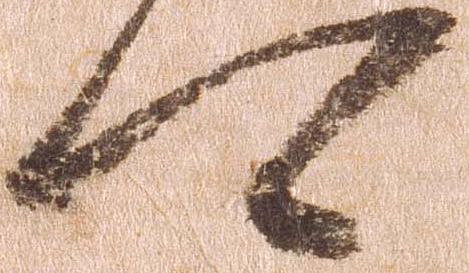
可